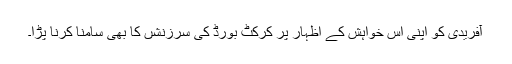
آفریدی کو اپنی اس خواہش کے اظہار پر کرکٹ بورڈ کی سرزنشں کا بھی سامنا کرنا پڑا۔